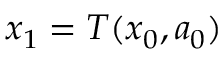
x _ { 1 } = T ( x _ { 0 } , a _ { 0 } )